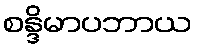
စန္ဒိမာပဘာယ